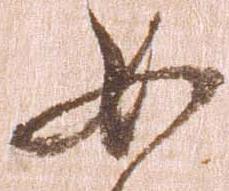
如